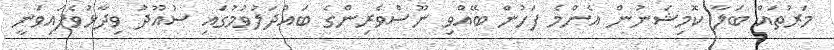
މަރުތައް ބަލާ ކޮމިޝަނުން އެންމެ ފަހުން ބޭއްވި ނޫސްވެރިންގެ ބައްދަލުވުމުގައި ސުއޫދު ވިދާޅުވެފައިވަނީ